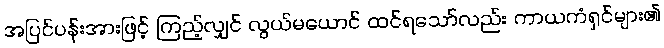
အပြင်ပန်းအားဖြင့် ကြည့်လျှင် လွယ်မယောင် ထင်ရသော်လည်း ကာယကံရှင်များ၏